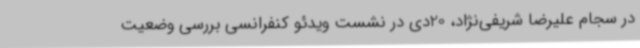
در سجام علیرضا شریفی‌نژاد، 20دی در نشست ویدئو کنفرانسی بررسی وضعیت